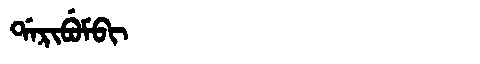
Manchu: ᡩᠠᡵᡳᠪᡠᠮᠪᡳ
Romanization: DARIBUMBI